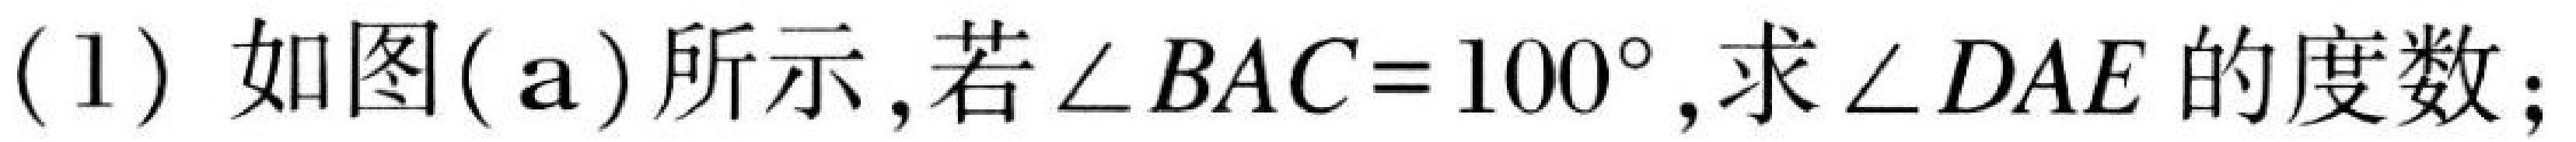
(1) 如图(a)所示,若$\angle BAC = 100^{\circ}$,求$\angle DAE$的度数;